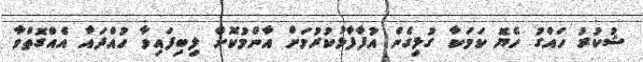
ޝުކުރު ހައްގު ހެޔޮ ކަމަކާ ގުޅިގެން އުފާފާޅުކުރުމަށް އާންމުކޮށް ލިބިފައިވާ ހުއްދައާ އެއްގޮތްވާ